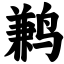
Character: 鹣